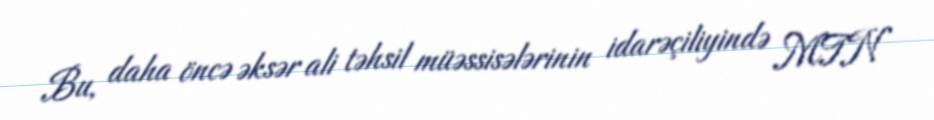
Bu, daha öncə əksər ali təhsil müəssisələrinin idarəçiliyində MTN